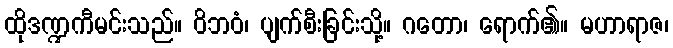
ထိုဒဏ္ဍကီမင်းသည်။ ဝိဘဝံ၊ ပျက်စီးခြင်းသို့။ ဂတော၊ ရောက်၏။ မဟာရာဇ၊